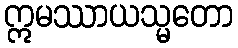
ဣမဿာယသ္မတော